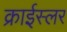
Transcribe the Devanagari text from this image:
क्राईस्लर